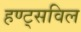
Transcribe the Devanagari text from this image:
हण्ट्सविल